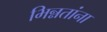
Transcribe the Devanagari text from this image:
भिन्नतांना